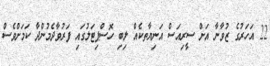
22 އަހަރުގެ ޒުވާނާ އަށް ސީރިއަސް އަނިޔާތކެއް ލިބި ހޮސްޕިޓަލުގައި ފަރުވާދެމުންދާ ކަމަށްވެސް